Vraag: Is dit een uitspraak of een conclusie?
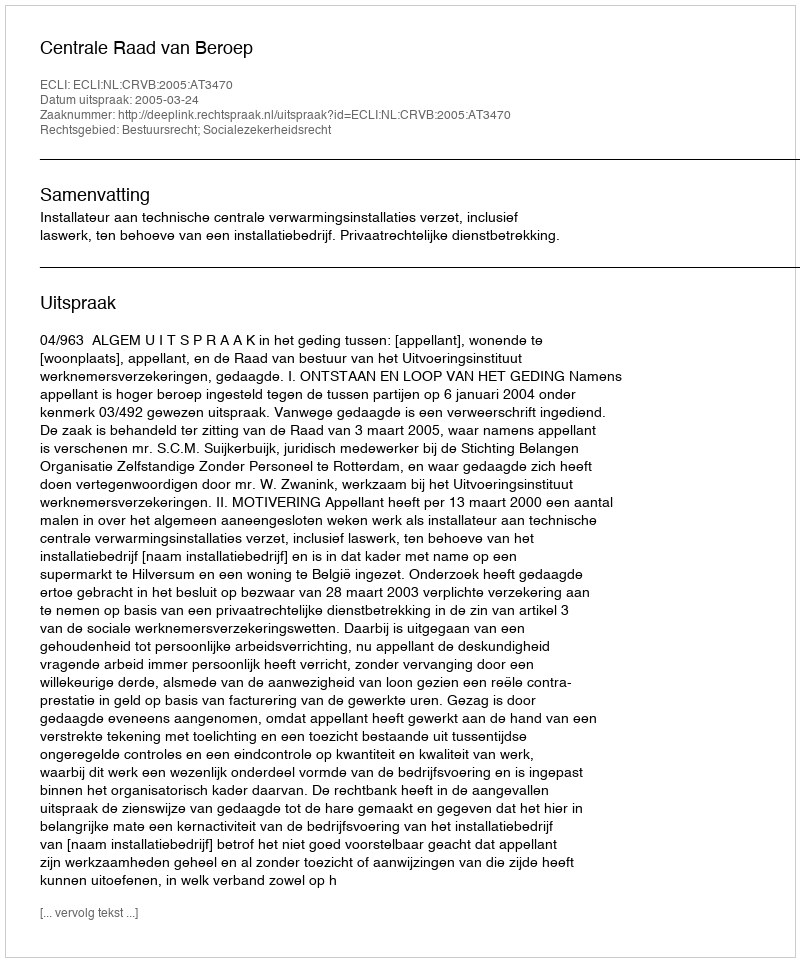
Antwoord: Uitspraak